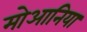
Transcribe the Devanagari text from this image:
मोआनिया